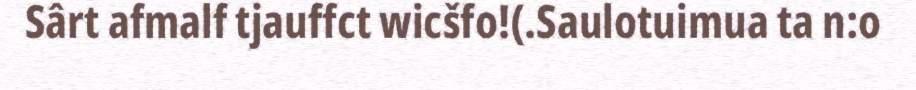
Sârt afmalf tjauffct wicšfo!(.Saulotuimua ta n:o